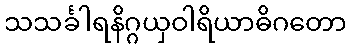
သသင်္ခါရနိဂ္ဂယှဝါရိယာဓိဂတော